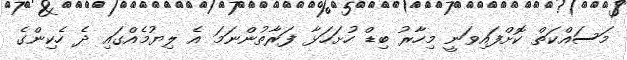
މަސައްކަތް ކޮށްފައިވަނީ މިހާރު ބިޑް ހުށަހަޅާ ފަރާތުންނަމަ އެ ލިޔުމެއްގައި ދެ ހެކިންގެ